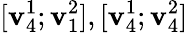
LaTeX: [\mathbf{v}_{4}^{1};\mathbf{v}_{1}^{2}],[\mathbf{v}_{4}^{1};\mathbf{v}_{4}^{2}]